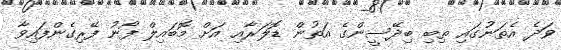
ވަދެ އެތަނުގައި ތިބި ބިދޭސީންގެ އަތުން ޑޮލަރާއި އަށް މޮބައިލް ފޯނު ފޭރިގެންފައިވާ